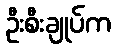
ဦးစီးချုပ်က